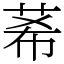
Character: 莃